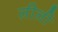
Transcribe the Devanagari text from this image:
लीलीं